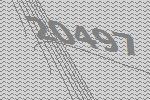
20497